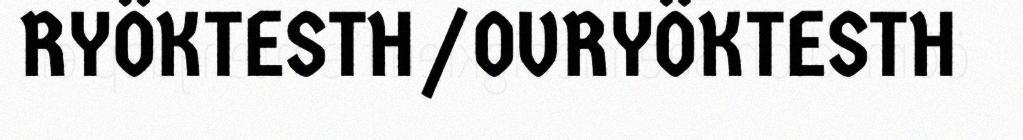
RYÖKTESTH/OVRYÖKTESTH